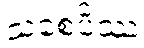
သစေပိဿ